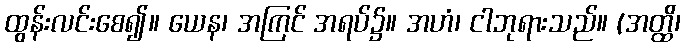
ထွန်းလင်းစေ၍။ ယေန၊ အကြင် အရပ်၌။ အဟံ၊ ငါဘုရားသည်။ (အတ္ထိ၊